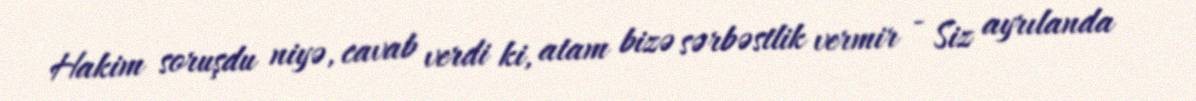
Hakim soruşdu niyə, cavab verdi ki, atam bizə sərbəstlik vermir - Siz ayrılanda